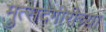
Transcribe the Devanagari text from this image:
मुत्सदेगीरीच्या